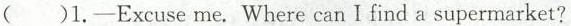
( )1.-Excuse me. Where can I find a supermarket?